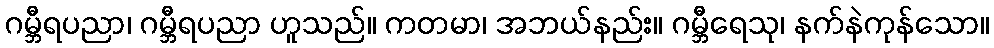
ဂမ္ဘီရပညာ၊ ဂမ္ဘီရပညာ ဟူသည်။ ကတမာ၊ အဘယ်နည်း။ ဂမ္ဘီရေသု၊ နက်နဲကုန်သော။